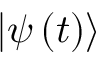
\left| \psi \left( t \right) \right\rangle